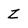
Character: Z